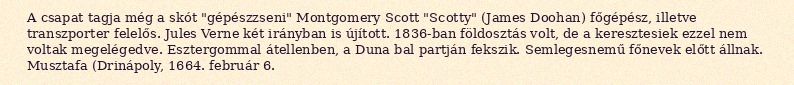
A csapat tagja még a skót "gépészzseni" Montgomery Scott "Scotty" (James Doohan) főgépész, illetve transzporter felelős. Jules Verne két irányban is újított. 1836-ban földosztás volt, de a keresztesiek ezzel nem voltak megelégedve. Esztergommal átellenben, a Duna bal partján fekszik. Semlegesnemű főnevek előtt állnak. Musztafa (Drinápoly, 1664. február 6.